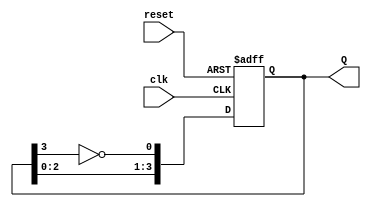
module johnson_counter (
    input wire clk,        // Clock signal
    input wire reset,      // Asynchronous reset signal
    output reg [3:0] Q     // 4-bit output representing the current state
);

// Always block triggered on the rising edge of the clock or when reset is asserted
always @(posedge clk or posedge reset) begin
    if (reset) begin
        Q <= 4'b0000;     // Initialize the counter to 0000 on reset
    end else begin
        // Johnson counter logic
        Q[0] <= ~Q[3];    // Inverted output of the last flip-flop to the first
        Q[1] <= Q[0];     // Shift the state
        Q[2] <= Q[1];     // Shift the state
        Q[3] <= Q[2];     // Shift the state
    end
end

endmodule